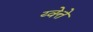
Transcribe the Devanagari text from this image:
य्वेत्ते